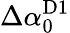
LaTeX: \Delta\alpha_{0}^{\mathrm{D1}}